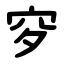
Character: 穸